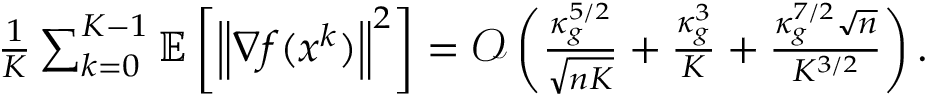
\begin{array} { r } { \frac { 1 } { K } \sum _ { k = 0 } ^ { K - 1 } \mathbb { E } \left[ \left\| \nabla f ( x ^ { k } ) \right\| ^ { 2 } \right] = \mathcal { O } \left( \frac { \kappa _ { g } ^ { 5 / 2 } } { \sqrt { n K } } + \frac { \kappa _ { g } ^ { 3 } } { K } + \frac { \kappa _ { g } ^ { 7 / 2 } \sqrt { n } } { K ^ { 3 / 2 } } \right) . } \end{array}